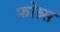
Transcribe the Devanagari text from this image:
फोब्र्स